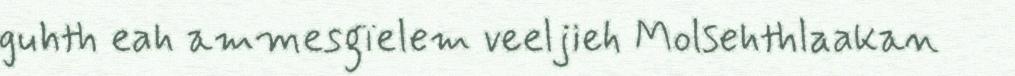
guhth eah ammesgïelem veeljieh Molsehthlaakan